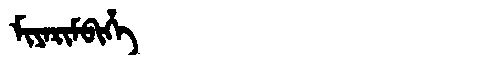
Manchu: ᠮᡳᠶᠠᡵᡳᠮᠪᡳᡥᡝ
Romanization: MIYARIMBIHE